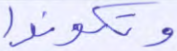
وتكونوا